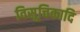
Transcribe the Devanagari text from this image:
विसूचिकादि